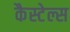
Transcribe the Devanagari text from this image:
कैस्टेल्स